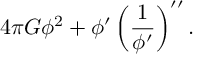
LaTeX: { 4 \pi G } \phi ^ { 2 } + \phi ^ { \prime } \left( { \frac { 1 } { \phi ^ { \prime } } } \right) ^ { \prime \prime } .